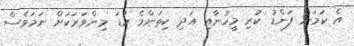
އެ ކަމަށް ފަންޑު ކުރި މީހުނާއި އަދި ކިތަންމެ ކުޑަ މިންވަރަކަށް ނަމަވެސް